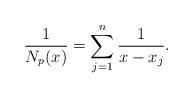
LaTeX: \begin{align*} \frac{1}{N_p(x)}=\sum^n_{j=1}\frac{1}{x-x_j}.\end{align*}